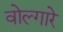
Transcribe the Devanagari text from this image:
वोल्गारे